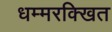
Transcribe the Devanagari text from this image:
धम्मरक्खित